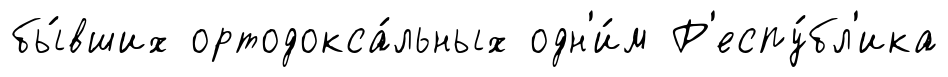
бы́вших ортодокса́льных одн'и́м Р'еспу́бл'ика